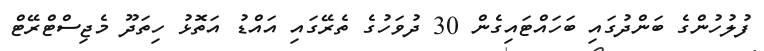
ފުލުހުންގެ ބަންދުގައި ބަހައްޓައިގެން 30 ދުވަހުގެ ތެރޭގައި އައްޑު އަތޮޅު ހިތަދޫ މެޖިސްޓްރޭޓް